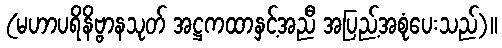
(မဟာပရိနိဗ္ဗာနသုတ် အဋ္ဌကထာနှင့်အညီ အပြည့်အစုံပေးသည်)။